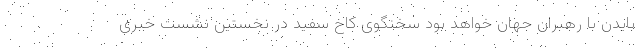
بایدن با رهبران جهان خواهد بود سخنگوی کاخ سفید در نخستین نشست خبری